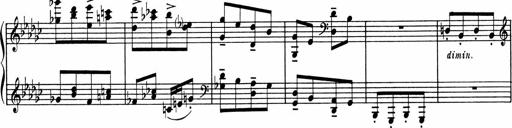
Title: Sonatine pour piano
Composer: Albert Roussel